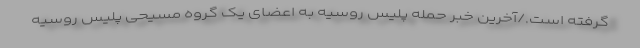
گرفته است./آخرین خبر حمله پلیس روسیه به اعضای یک گروه مسیحی پلیس روسیه